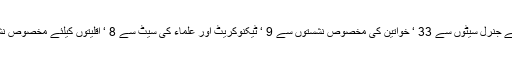
واضح رہے کہ اس سال ریٹائر ہونے والوں میں سے جنرل سیٹوں سے 33 ‘ خواتین کی مخصوص نشستوں سے 9 ‘ ٹیکنوکریٹ اور علماء کی سیٹ سے 8 ‘ اقلیتوں کیلئے مخصوص نشستوں سے دو ممبران سینیٹ ریٹائر ہوجائیں گے ۔